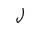
Letter: _lam